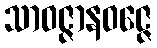
သာဝဇ္ဇာနဝဇ္ဇေ